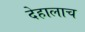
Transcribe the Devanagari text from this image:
देहालाच